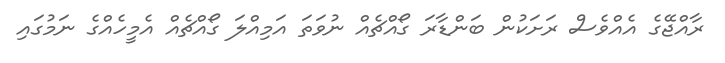
ރާއްޖޭގެ އެއްވެސް ރަށަކުން ބަންޑާރަ ގޯއްޗެއް ނުވަތަ އަމިއްލަ ގޯއްޗެއް އެމީހެއްގެ ނަމުގައި